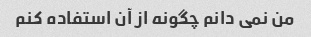
من نمی دانم چگونه از آن استفاده کنم